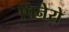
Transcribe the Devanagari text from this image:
पिनेरो